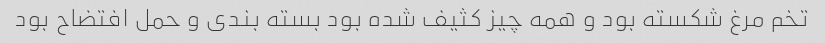
تخم مرغ شکسته بود و همه چیز کثیف شده بود بسته بندی و حمل افتضاح بود